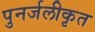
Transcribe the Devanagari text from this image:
पुनर्जलीकृत